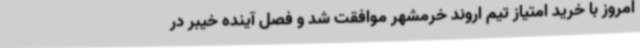
امروز با خرید امتیاز تیم اروند خرمشهر موافقت شد و فصل آینده خیبر در